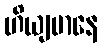
ဟိယျမာနေ